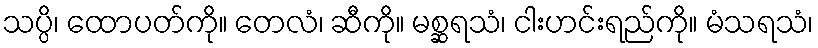
သပ္ပိ၊ ထောပတ်ကို။ တေလံ၊ ဆီကို။ မစ္ဆရသံ၊ ငါးဟင်းရည်ကို။ မံသရသံ၊